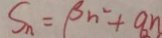
S _ { n } = \beta n ^ { 2 } + q n